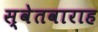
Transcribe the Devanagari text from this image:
स्वेतवाराह